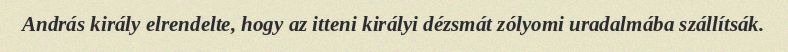
András király elrendelte, hogy az itteni királyi dézsmát zólyomi uradalmába szállítsák.